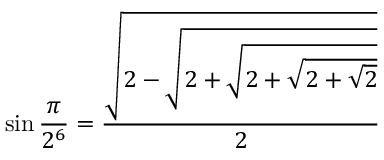
\sin { \frac { \pi } { 2 ^ { 6 } } } = { \frac { \sqrt { 2 - { \sqrt { 2 + { \sqrt { 2 + { \sqrt { 2 + { \sqrt { 2 } } } } } } } } } } { 2 } }